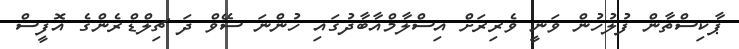
ޕާކިސްތާން ފުލުހުން ވަނީ ވެރިރަށް އިސްލާމްއާބާދުގައި ހުންނަ ސޭވް ދަ ޗިލްޑްރެންގެ އޮފީސް